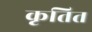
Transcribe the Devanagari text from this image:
कृतित